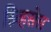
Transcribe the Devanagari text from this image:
स्र्व्हिसेस